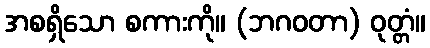
အစရှိသော စကားကို။ (ဘဂဝတာ) ဝုတ္တံ။